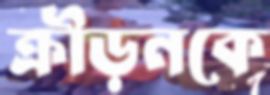
ক্রীড়নকে